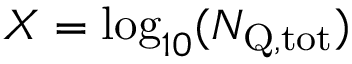
X = \log _ { 1 0 } ( \ensuremath { N _ { \mathrm { Q , t o t } } } )